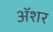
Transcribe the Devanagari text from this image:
अॅशर